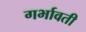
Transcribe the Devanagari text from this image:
गर्भावती